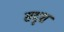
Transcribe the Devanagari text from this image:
सदृश